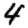
Digit: 4